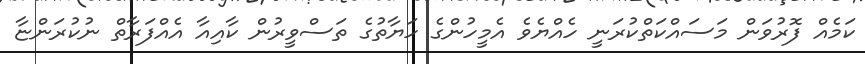
ކަމެއް ފޮރުވަން މަސައްކަތްކުރަނީ ހެއްޔެވެ އެމީހުންގެ ހަޔާތުގެ ތަސްވީރުން ކާއިއާ އެއްފަރާތް ނުކުރަންޏާ